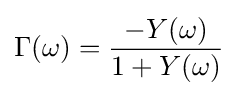
\Gamma (\omega )={\frac {-Y(\omega )}{1+Y(\omega )}}